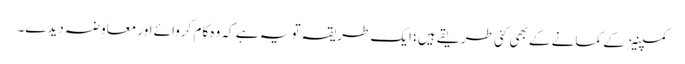
کمپنیز کے کمانے کے بھی کئی طریقے ہیں؛ ایک طریقہ تو یہ ہے کہ وہ کام کروائے اور معاوضہ دیدے۔